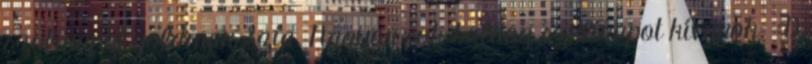
szülinapot goldman Szia. Nagyon sok boldog szülinapot kívánok. :D